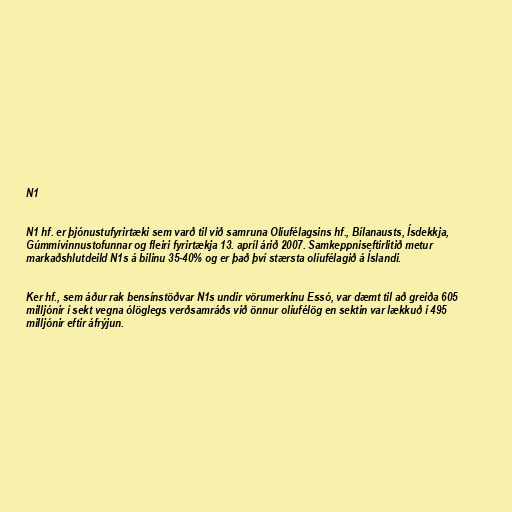
N1

N1 hf. er þjónustufyrirtæki sem varð til við samruna Olíufélagsins hf., Bílanausts, Ísdekkja,
Gúmmívinnustofunnar og fleiri fyrirtækja 13. apríl árið 2007. Samkeppniseftirlitið metur
markaðshlutdeild N1s á bilinu 35-40% og er það því stærsta olíufélagið á Íslandi.

Ker hf., sem áður rak bensínstöðvar N1s undir vörumerkinu Essó, var dæmt til að greiða 605
milljónir í sekt vegna ólöglegs verðsamráðs við önnur olíufélög en sektin var lækkuð í 495
milljónir eftir áfrýjun.